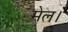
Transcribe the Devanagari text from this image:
मेल।